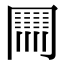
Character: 𠕲